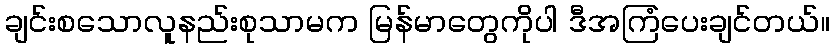
ချင်းစသောလူနည်းစုသာမက မြန်မာတွေကိုပါ ဒီအကြံပေးချင်တယ်။